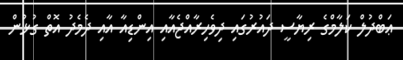
ޢަބްދުލް ކަލާމްގެ ރިޔާސީ ދައުރުގައި ދިވެހިރާއްޖެއާއި އިންޑިއާ އާއި ދެމެދު އޮތް ގުޅުން